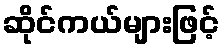
ဆိုင်ကယ်များဖြင့်